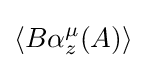
\left\langle B\alpha _{z}^{\mu }(A)\right\rangle